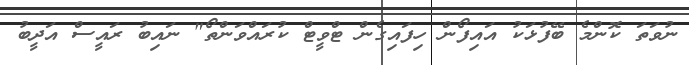
ނުވަތަ ކޮންމެ ބޭފުޅަކު އައިފޯން ހިފައިގެން ޓްވީޓް ކުރައްވަންތޯ" ނައިބު ރައީސް އަދީބު